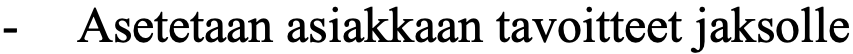
- Asetetaan asiakkaan tavoitteet jaksolle